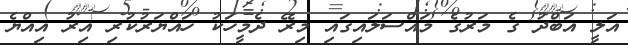
އަލީ އަބްދު ގެ މަރުގެ މައްސަލައިގައި މިރޭ ދެމީހަކު ހައްޔަރުކުރި އިރު އިއްޔެ